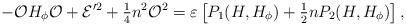
LaTeX: \begin{align*} - {\cal O} H_{\phi} {\cal O} + {\cal E}^{\prime2} + \tfrac{1}{4} n^2 {\cal O}^2 = \varepsilon \left[P_1(H,H_{\phi}) + \tfrac{1}{2} n P_2(H,H_{\phi})\right], \end{align*}